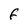
Character: F